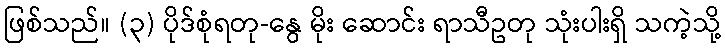
ဖြစ်သည်။ (၃) ပိုဒ်စုံရတု-နွေ မိုး ဆောင်း ရာသီဥတု သုံးပါးရှိ သကဲ့သို့